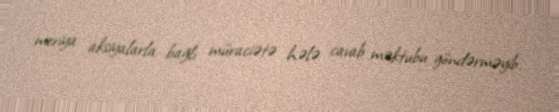
meriya aksiyalarla bağlı müraciətə hələ cavab məktubu göndərməyib.